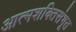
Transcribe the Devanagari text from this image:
आत्मशक्तिसंभूत